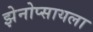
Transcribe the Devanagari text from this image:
झेनोप्सायला